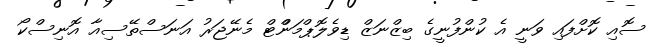
ސޮއި ކޮށްފައި ވަނީ އެ ކުންފުނީގެ ބިޒްނަޒް ޑިވެލޮޕްމަންްޓް މެނޭޖަރު އަނަސްތޭސިއާ އޮނިސްކޯ